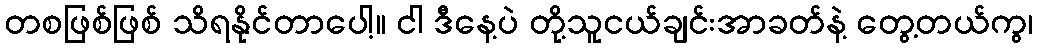
တစဖြစ်ဖြစ် သိရနိုင်တာပေါ့။ ငါ ဒီနေ့ပဲ တို့သူငယ်ချင်းအာခတ်နဲ့ တွေ့တယ်ကွ၊